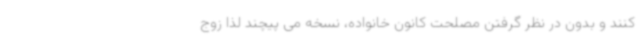
کنند و بدون در نظر گرفتن مصلحت کانون خانواده، نسخه می پیچند لذا زوج